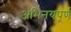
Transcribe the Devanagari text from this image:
अभिनयपूर्ण